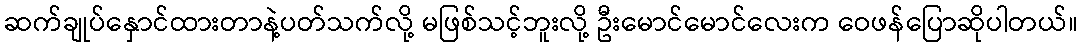
ဆက်ချုပ်နှောင်ထားတာနဲ့ပတ်သက်လို့ မဖြစ်သင့်ဘူးလို့ ဦးမောင်မောင်လေးက ဝေဖန်ပြောဆိုပါတယ်။